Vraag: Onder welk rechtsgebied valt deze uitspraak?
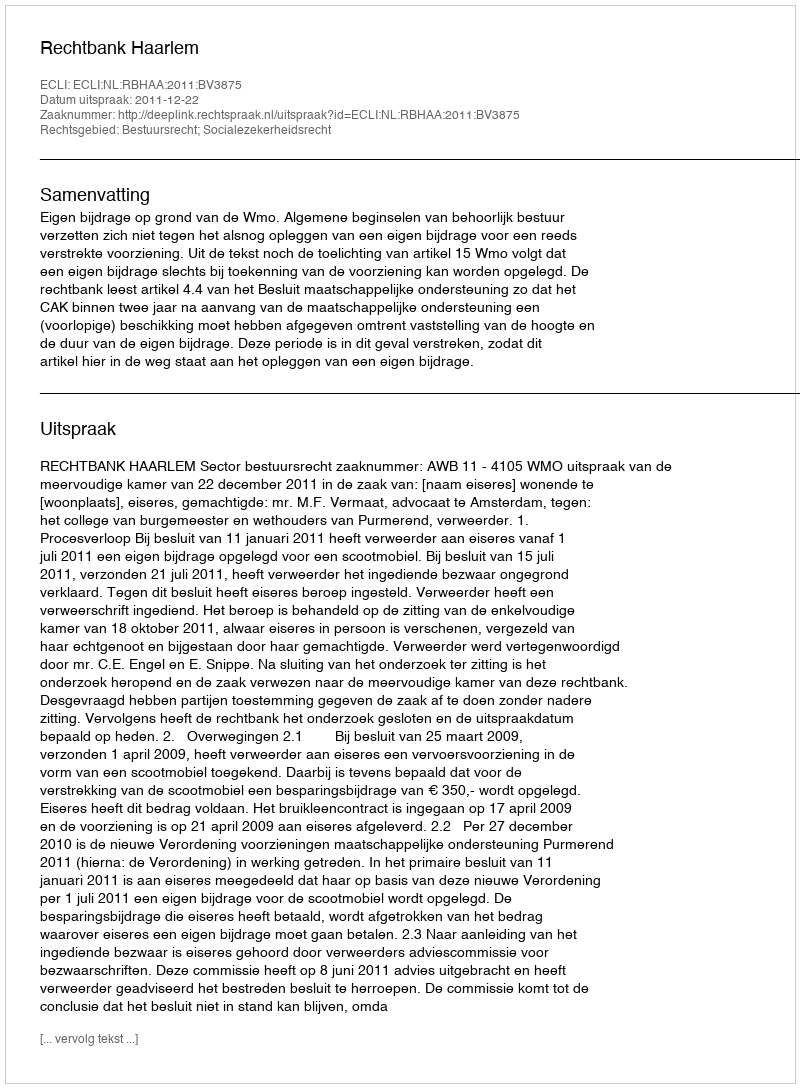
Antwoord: Bestuursrecht; Socialezekerheidsrecht